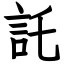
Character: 託